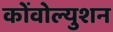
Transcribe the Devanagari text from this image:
कोंवोल्युशन